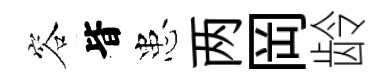
容𣅜患两岡龄